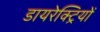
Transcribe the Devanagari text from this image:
डायरेक्ट्रियों